Indian journal of veterinary science and animal husbandry - Volumes 22-23, 1952-1953
Year: 1952
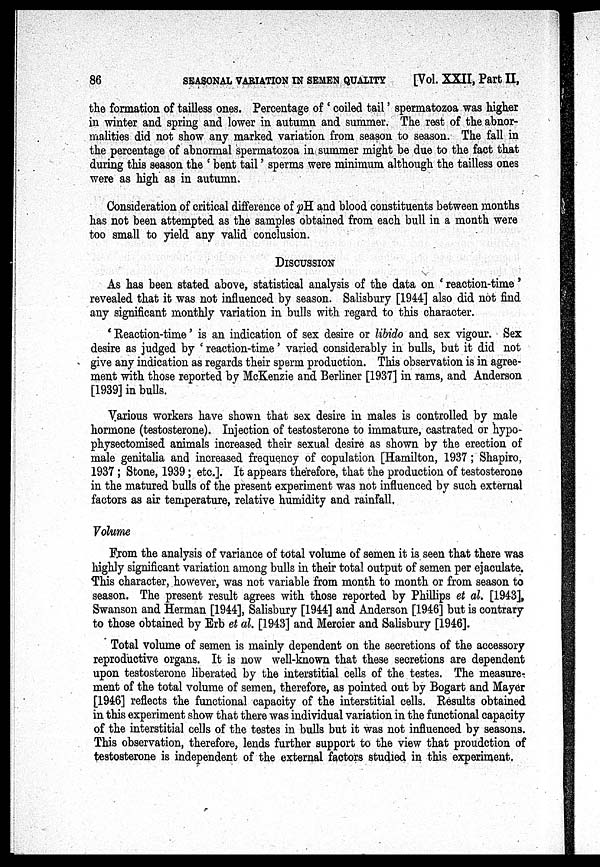
86
SEASONAL
VARIATION
IN
SEMEN
QUALITY
[Vol. XXII, Part II,
the formation of tailless ones. Percentage of ' coiled tail' spermatozoa was higher
in winter and spring and lower in autumn and summer. The rest of the abnor-
malities did not show any marked variation from season to season. The fall in
the percentage of abnormal spermatozoa in summer might be due to the fact that
during this season the ' bent tail' sperms were minimum although the tailless ones
were as high as in autumn.
Consideration of critical difference of pH. and blood constituents between months
has not been attempted as the samples obtained from each bull in a month were
too small to yield any valid conclusion.
DISCUSSION
As has been stated above, statistical analysis of the data on ' reaction-time'
revealed that it was not influenced by season. Salisbury [1944] also did not find
any significant monthly variation in bulls with regard to this character.
' Reaction-time' is an indication of sex desire or libido and sex vigour. Sex
desire as judged by ' reaction-time' varied considerably in bulls, but it did not
give any indication as regards their sperm production. This observation is in agree-
ment with those reported by McKenzie and Berliner [1937] in rams, and Anderson
[1939] in bulls.
Various workers have shown that sex desire in males is controlled by male
hormone (testosterone). Injection of testosterone to immature, castrated or hypo-
physectomised animals increased their sexual desire as shown by the erection of
male genitalia and increased frequency of copulation [Hamilton, 1937; Shapiro,
1937 ; Stone, 1939; etc.]. It appears therefore, that the production of testosterone
in the matured bulls of the present experiment was not influenced by such external
factors as air temperature, relative humidity and rainfall.
Volume
From the analysis of variance of total volume of semen it is seen that there was
highly significant variation among bulls in their total output of semen per ejaculate.
This character, however, was not variable from month to month or from season to
season. The present result agrees with those reported by Phillips et al. [1943],
Swanson and Herman [1944], Salisbury [1944] and Anderson [1946] but is contrary
to those obtained by Erb et al. [1943] and Mercier and Salisbury [1946].
Total volume of semen is mainly dependent on the secretions of the accessory
reproductive organs. It is now well-known that these secretions are dependent
upon testosterone liberated by the interstitial cells of the testes. The measure-
ment of the total volume of semen, therefore, as pointed out by Bogart and Mayer
[1946] reflects the functional capacity of the interstitial cells. Results obtained
in this experiment show that there was individual variation in the functional capacity
of the interstitial cells of the testes in bulls but it was not influenced by seasons.
This observation, therefore, lends further support to the view that proudction of
testosterone is independent of the external factors studied in this experiment.